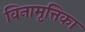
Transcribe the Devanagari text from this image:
विनामृत्तिका